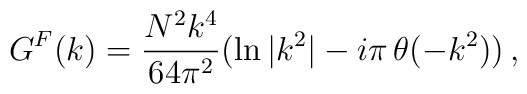
G^F (k) =  {N^2 k^4\over 64 \pi^2} (\ln{|k^2|} -   i\pi\,  \theta (-k^2))\,,